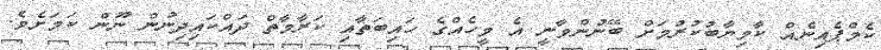
ކެމްޕެއިނެއް ކާމިޔާބުކުރުމަށް ބޭނުންވާނީ އެ މީހެއްގެ ހައިބަތާއި ކަރާމާތް ދައްކައިދިނުން ނޫން ކަމަށެވެ.